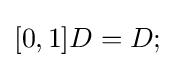
{\textstyle [0,1]D=D;}